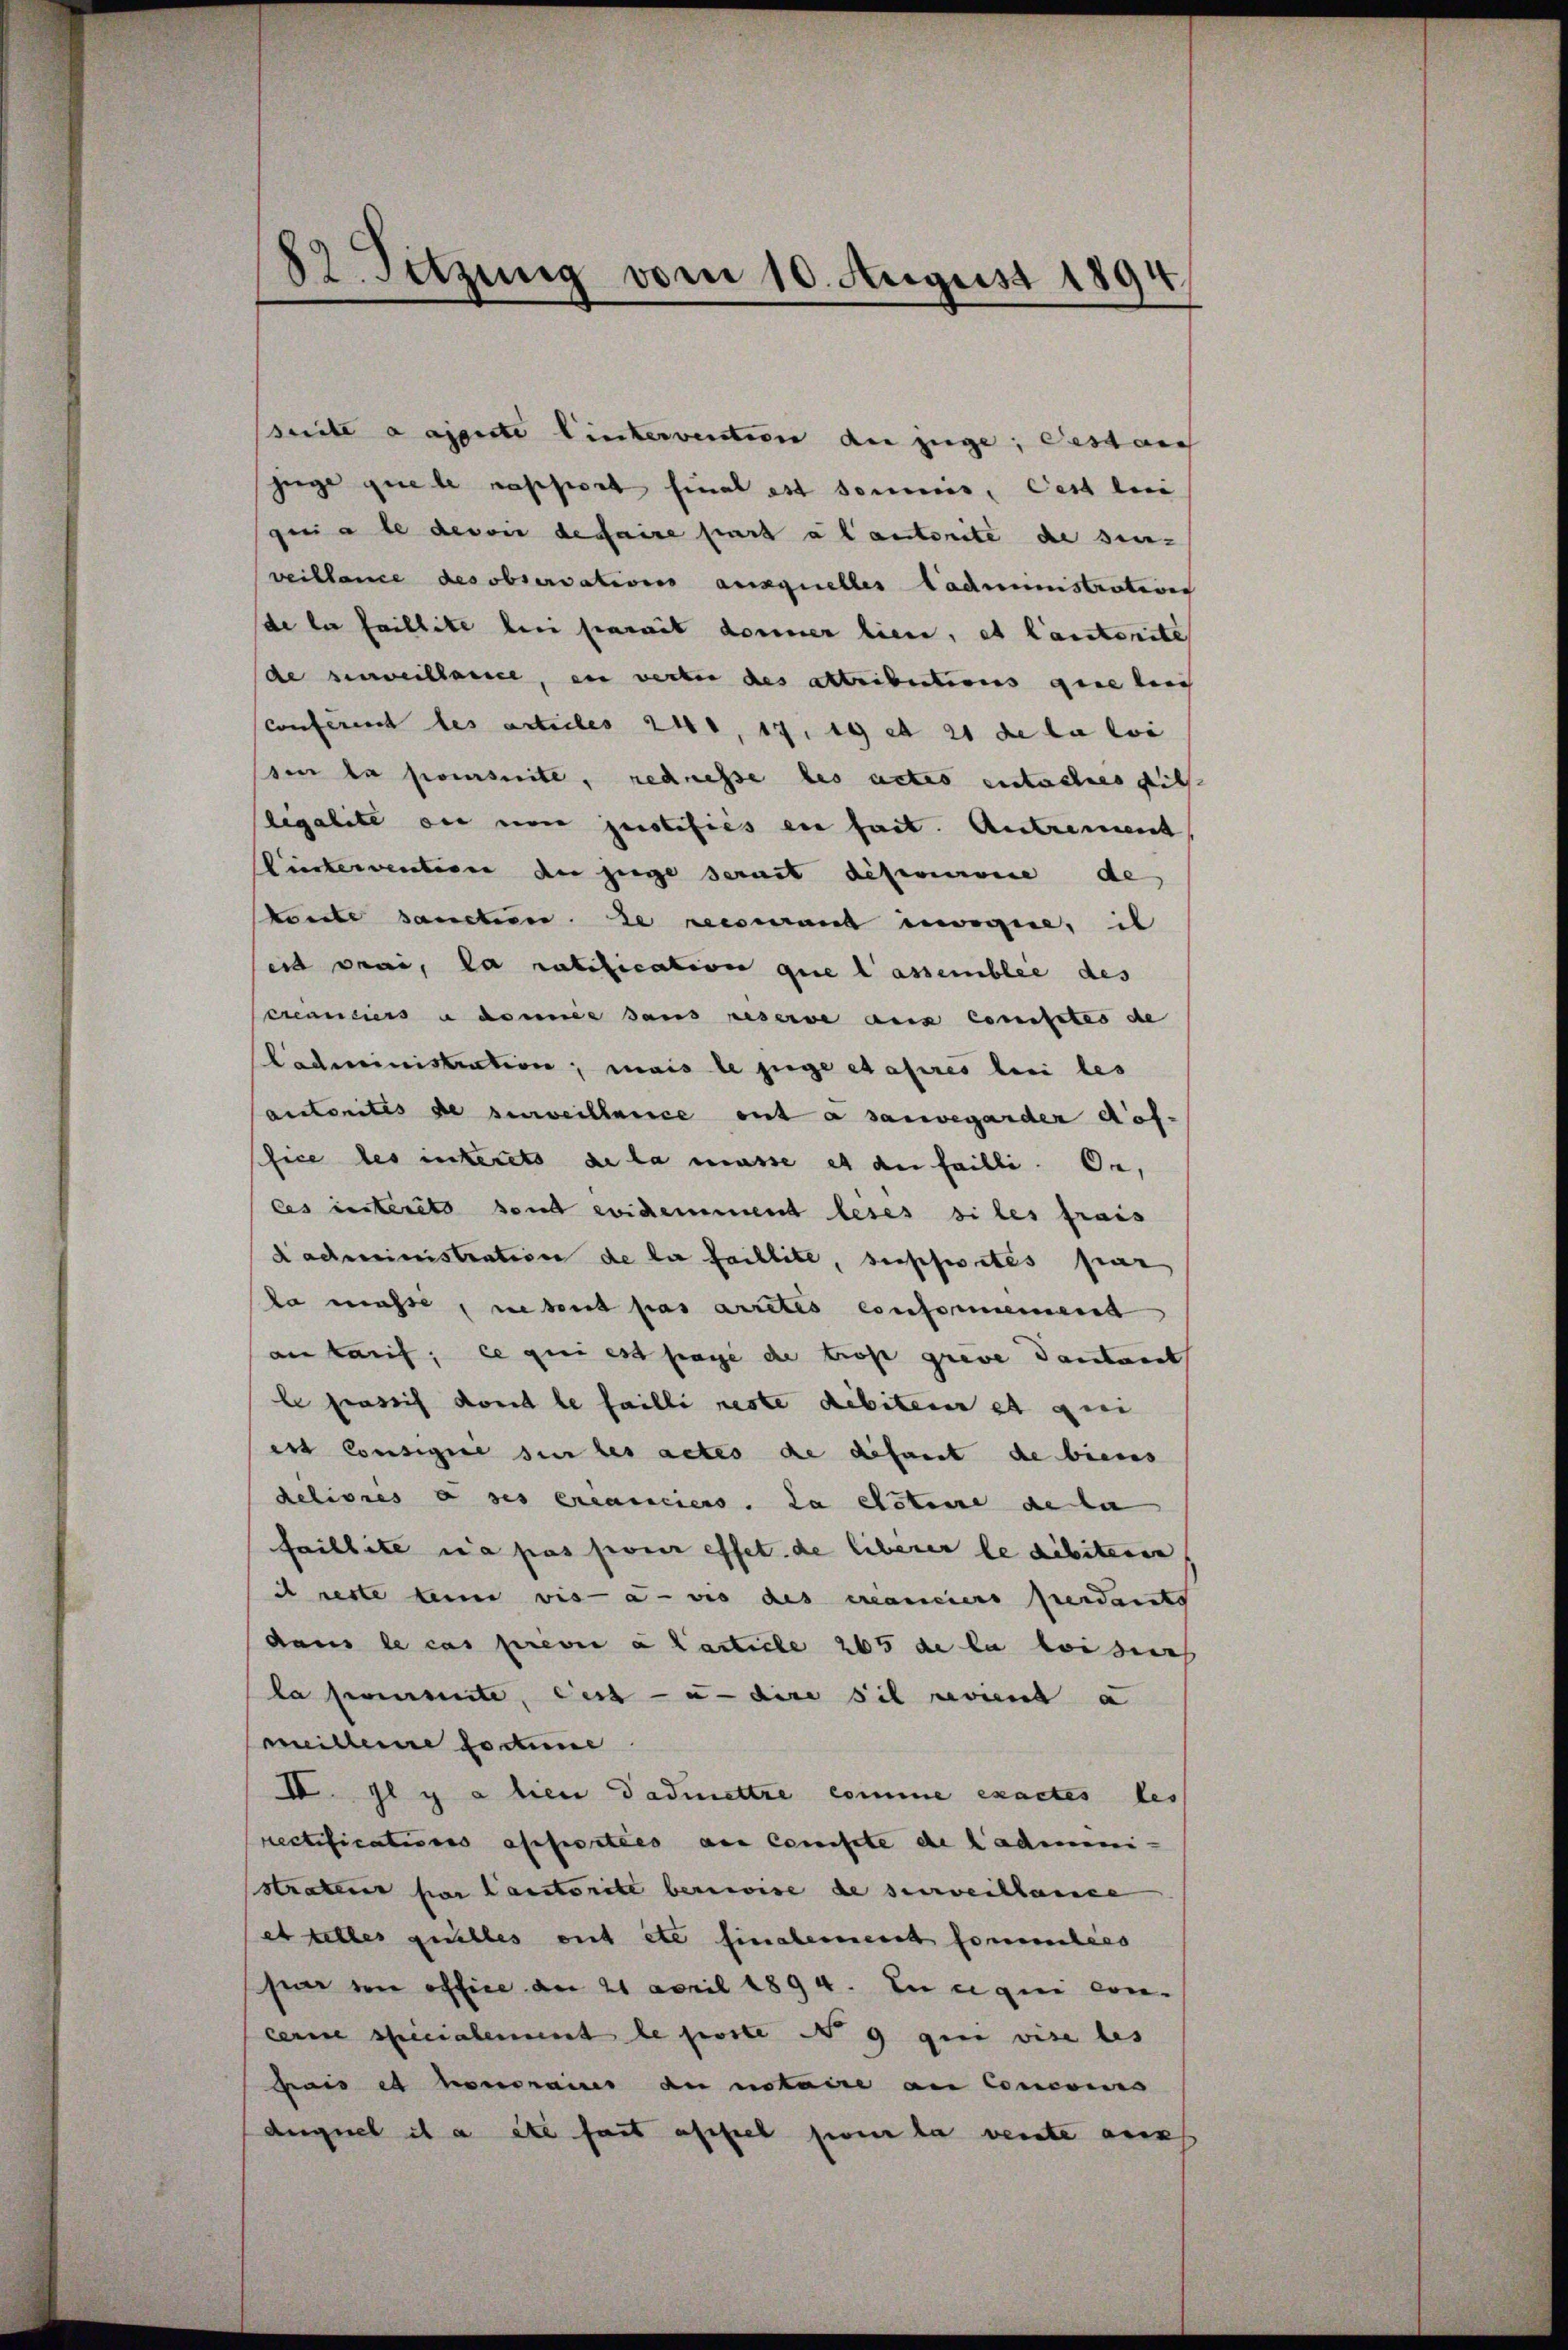
82. Setzung vom 10. August 1894.

suite daiente linkervention du juge, Gestauch
juge que le rapport final est soumis, Cest lei
gerade des vie de faire part abanterite de sin-
veillence des observations ausquelles Cadministration
de la faillite bei damit donner lien, et lauterite
de surveillence, in verter des attributions que lei
conferent les articles 240, 17. 19 et 21 de la loi
sen da somite, redresse des actes entsches sich
legalite der von justifiés en fait. Antrement
Pierkervention der zuge serait desservice de
konnte sancten ze recurant incogie, il
eid vrai, la ratification que lassemblée des
creanciers u deiner sans reserve aux constes de
Cadministration; mais le juge etaires bei les
autorites de surveillence ont a sauvegarder Auf-
fice des interets de la masse et de failli. Da,
les interett send evidemment leses siles frais
dadministratione de die faillite, supportés par
ka masse, nebent pas arretés consommenen
an tauf; ce qui est sage de trost grave dautant
le prassis dont le failli reste debiter et qui
ess Consigere sie les actes de defaut de biens
delionis e ses créanciers. La etateure de la
faillite sa pas pour effet de liberer le débiteren
i reste denn vis-à-vis des manciers perdants
dans le cas previ a factiche 265 de la loi such
la somite, ders - u. dire sie voient a
meidleine sodanne
IV. Il y a lien Dadmettre comme exactes les
rectificatismus assersties aus Conste de Ladmini-
stratens par lautorite besonde de surveillanden
et telles quelles ont etc finalement fommlies
sen den office am 21 April 1894. In qui con-
cerne specialement le poste I 9 gin vise bes
Frais es honorains du notaire an Concours
auguel il a etc fast affiel sie la vente aus